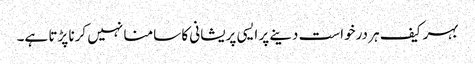
بہر کیف ہر درخواست دینے پر ایسی پریشانی کا سامنا نہیں کرنا پڑتا ہے۔